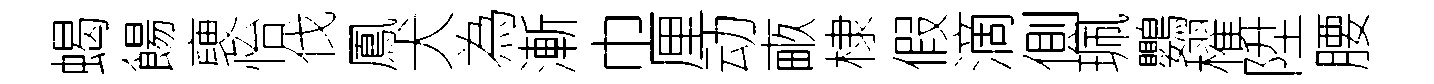
蝎餳褏怡伐鳳犬為漸巾厘动畞棣假滴側珮鸚櫂陞腰